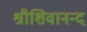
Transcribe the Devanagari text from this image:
श्रीशिवानन्द